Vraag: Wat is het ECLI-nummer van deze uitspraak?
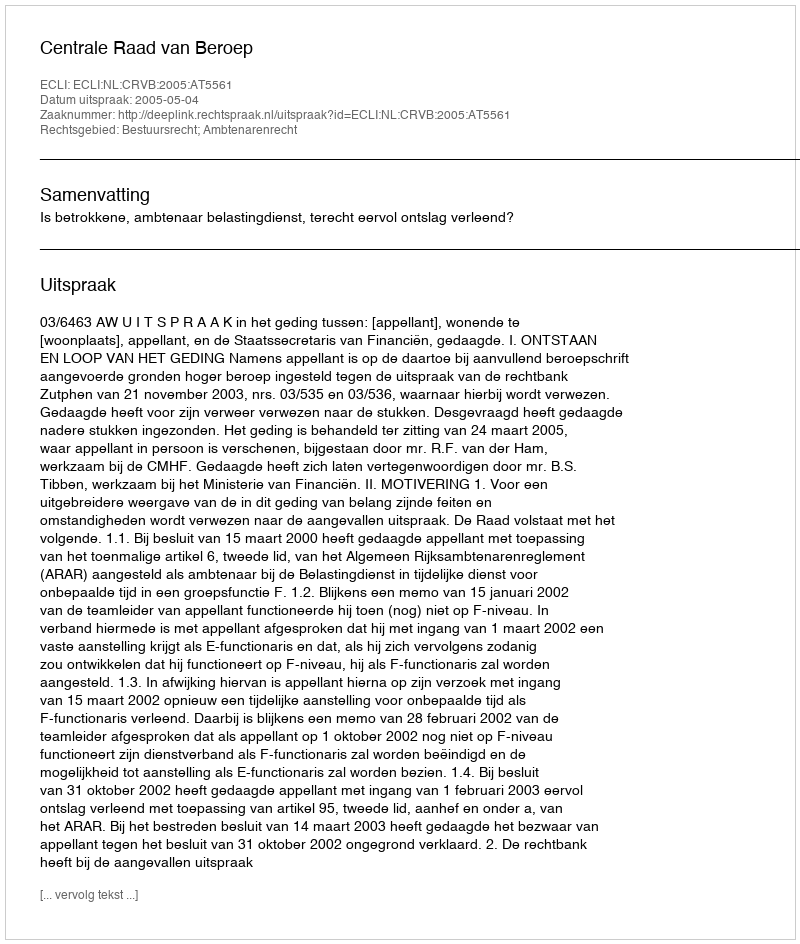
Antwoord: ECLI:NL:CRVB:2005:AT5561